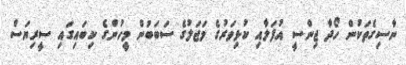
ނާސިގެތަކުން ހޯދާ ޖިންސީ އުފަލާއި ކުޅިވަރުގެ މަޖަލުގެ ސަބަބުން މީހުންގެ ކިބައިގައި ސީރިޔަސް